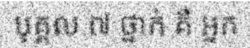
បុគ្គល ៧ ថ្នាក់ គឺ អ្នក